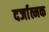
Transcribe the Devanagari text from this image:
दर्जात्मक